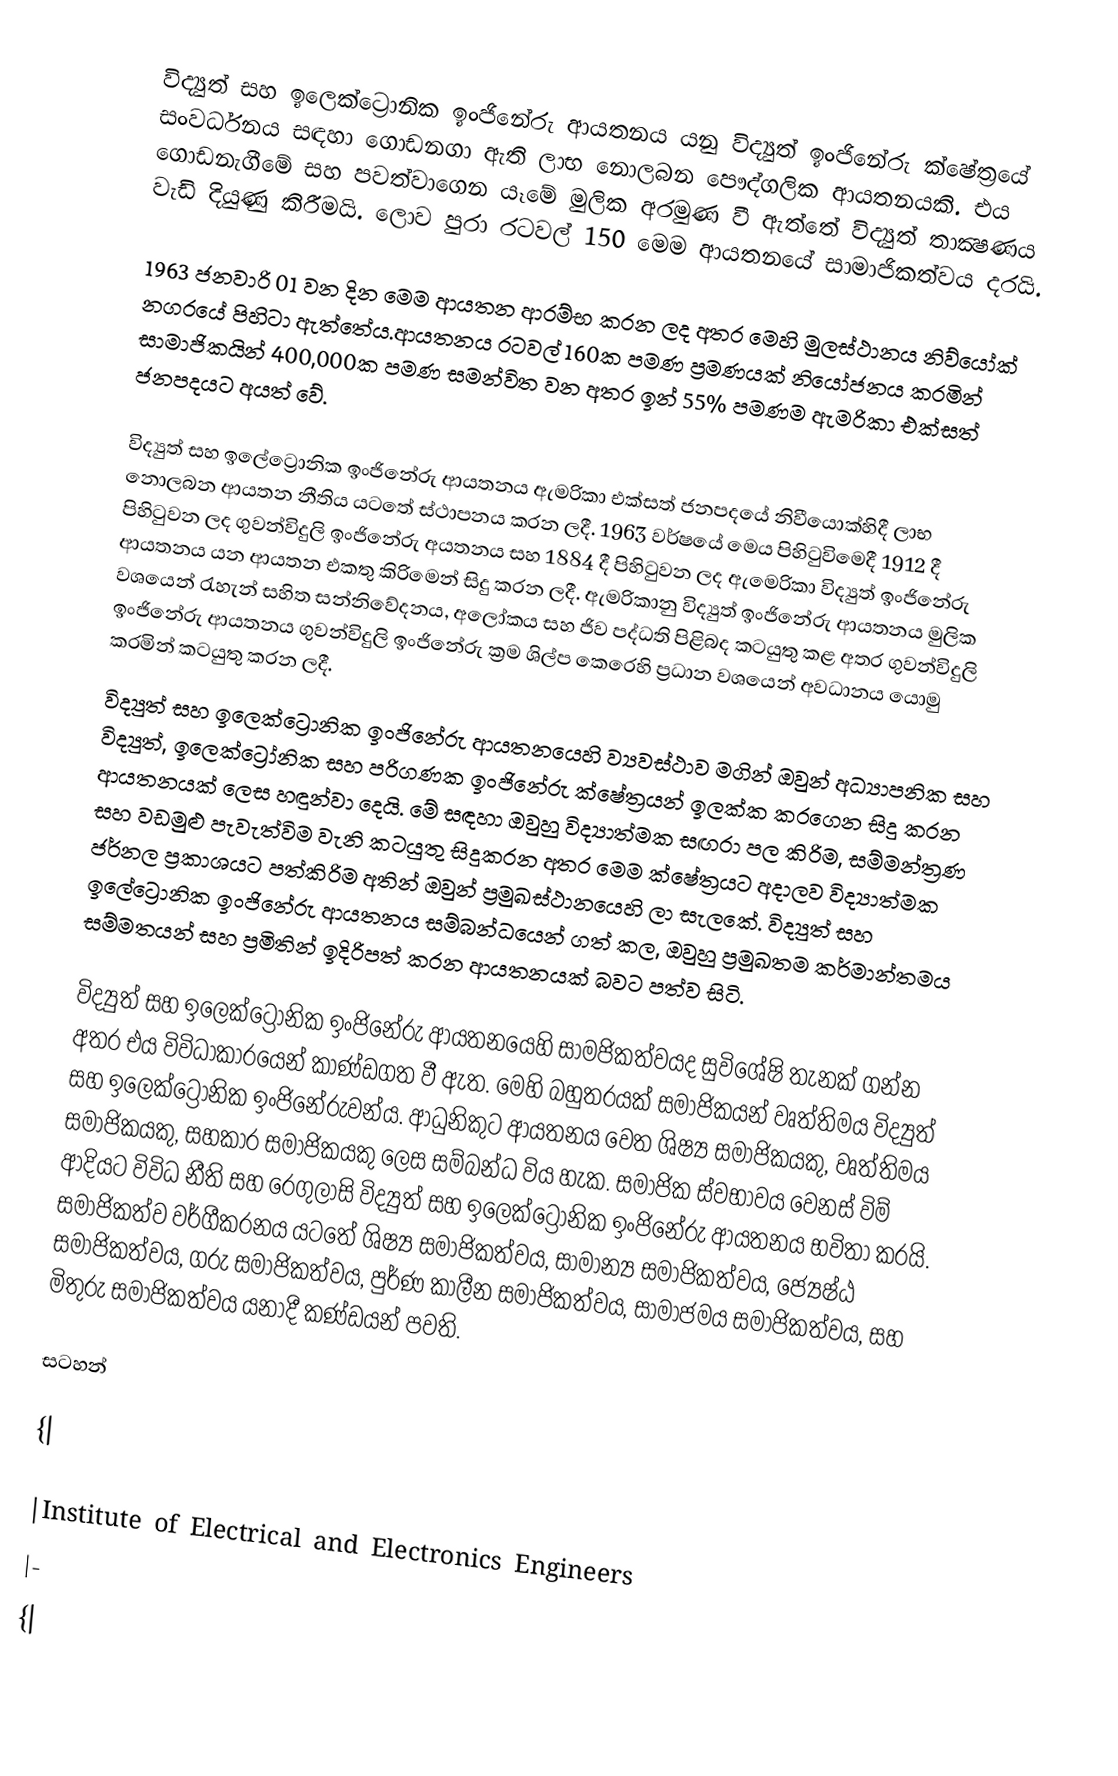
විද්‍යුත් සහ ඉලෙක්ට්‍රොනික ඉංජිනේරු ආයතනය යනු විද්‍යුත් ඉංජිනේරු ක්ෂේත‍්‍රයේ සංවර්ධනය සඳහා ගොඩනගා ඇති ලාභ නොලබන පෞද්ගලික ආයතනයකි. එය ගොඩනැගීමේ සහ පවත්වාගෙන යෑමේ මුලික අරමුණ වී ඇත්තේ විද්‍යුත් තාක්‍ෂණය වැඩි දියුණු කිරීමයි. ලොව පුරා රටවල් 150 මෙම ආයතනයේ සාමාජිකත්වය දරයි.

1963 ජනවාරි 01 වන දින මෙම ආයතන ආරම්භ කරන ලද අතර මෙහි මුලස්ථානය  නිව්යෝක් නගරයේ පිහිටා ඇත්තේය.ආයතනය රටවල් 160ක පමණ ප්‍රමණයක් නියෝජනය කරමින් සාමාජිකයින් 400,000ක පමණ සමන්විත වන අතර ඉන් 55% පමණම ඇමරිකා එක්සත් ජනපදයට අයත් වේ.

විද්‍යුත් සහ ඉලේට්‍රොනික ඉංජිනේරු ආයතනය ඇමරිකා එක්සත් ජනපදයේ නිවීයොක්හිදී ලාභ නොලබන ආයතන නීතිය යටතේ ස්ථාපනය කරන ලදී. 1963 වර්ෂයේ  මෙය පිහි‍ටුවිමෙදී 1912 දී පිහි‍ටුවන ලද ගුවන්විදුලි ඉංජිනේරු අයතනය සහ 1884 දී  පිහි‍ටුවන ලද ඇමෙරිකා විද්‍යුත් ඉංජිනේරු ආයතනය යන ආයතන එකතු කිරිමෙන් සිදු කරන ලදී. ඇමරිකානු විද්‍යුත් ඉංජිනේරු ආයතනය  මුලික වශයෙන් ‍රැහැන් සහිත සන්නිවේදනය, අලෝකය සහ ජිව පද්ධති පිළිබද කටයුතු කළ අතර ගුවන්විදුලි ඉංජිනේරු ආයතනය ගුවන්විදුලි ඉංජිනේරු ක්‍රම ශිල්ප කෙරෙහි ප්‍රධාන වශයෙන් අවධානය යොමු කරමින් කටයුතු කරන ලදී.
විද්‍යුත් සහ ඉලෙක්ට්‍රොනික ඉංජිනේරු ආයතනයෙහි ව්‍යවස්ථාව මගින් ඔවුන් අධ්‍යාපනික සහ විද්‍යුත්, ඉලෙක්ට්‍රෝනික සහ පරිගණක ඉංජිනේරු ක්ෂේත්‍රයන් ඉලක්ක කරගෙන සිදු කරන ආයතනයක් ලෙස හඳුන්වා දෙයි. මේ සඳහා ඔවුහු විද්‍යාත්මක සඟරා පල කිරිම, සම්මන්ත්‍රණ සහ වඩමුළු පැවැත්විම වැනි කටයුතු සිදුකරන අතර මෙම ක්ෂේත්‍රයට අදාලව විද්‍යාත්මක ජර්නල ප්‍රකාශයට පත්කිරිම අතින් ඔවුන් ප්‍රමුඛස්ථානයෙහි ලා සැලකේ. විද්‍යුත් සහ ඉලේට්‍රොනික ඉංජිනේරු ආයතනය සම්බන්ධයෙන් ගත් කල, ඔවුහු ප්‍රමුඛතම කර්මාන්තමය සම්මතයන් සහ ප්‍රමිතින් ඉදිරිපත් කරන ආයතනයක් බවට පත්ව සිටි.

විද්‍යුත් සහ ඉලෙක්ට්‍රෝනික ඉංජිනේරු ආයතනයෙහි සාමජිකත්වයද සුවිශේෂි තැනක් ගන්න අතර එය විවිධාකාරයෙන් කාණ්ඩගත වී ඇත. මෙහි බහුතරයක් සමාජිකයන් වෘත්තිමය විද්‍යුත් සහ ඉලෙක්ට්‍රෝනික ඉංජිනේරුවන්ය. ආධුනිකුට ආයතනය වෙත ශිෂ්‍ය සමාජිකයකු, වෘත්තිමය සමාජිකයකු, සහකාර සමාජිකයකු ලෙස සම්බන්ධ විය හැක. සමාජික ස්වභාවය වෙනස් විම් ආදියට විවිධ නීති සහ රෙගුලාසි විද්‍යුත් සහ ඉලෙක්ට්‍රෝනික ඉංජිනේරු ආයතනය භවිතා කරයි. සමාජිකත්ව වර්ගීකරනය යටතේ ශිෂ්‍ය සමාජිකත්වය, සාමාන්‍ය සමාජිකත්වය, ජ්‍යේෂ්ඨ සමාජිකත්වය, ගරු සමාජිකත්වය, පුර්ණ කාලීන සමාජිකත්වය, සාමාජමය සමාජිකත්වය, සහ මිතුරු සමාජිකත්වය යනාදී කණ්ඩයන් පවති.

සටහන්

{|

|Institute of Electrical and Electronics Engineers
|-
{|